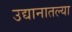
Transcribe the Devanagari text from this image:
उद्यानातल्या